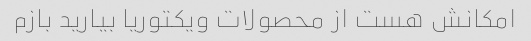
امکانش هست از محصولات ویکتوریا بیارید بازم